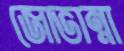
জোভান্না